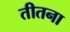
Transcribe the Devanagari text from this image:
तीतना